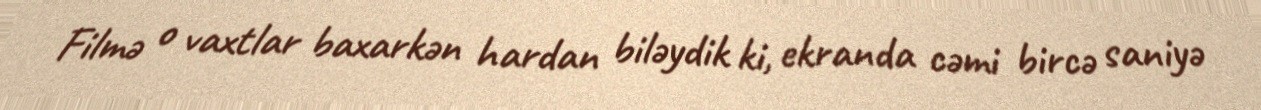
Filmə o vaxtlar baxarkən hardan biləydik ki, ekranda cəmi bircə saniyə